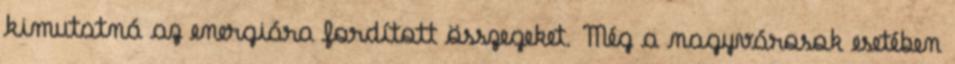
kimutatná az energiára fordított összegeket. Még a nagyvárosok esetében